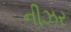
નીઝર